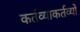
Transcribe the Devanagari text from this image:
कर्तव्याकर्तव्यों